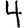
Digit: 4